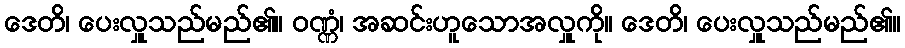
ဒေတိ၊ ပေးလှူသည်မည်၏။ ဝဏ္ဏံ၊ အဆင်းဟူသောအလှူကို။ ဒေတိ၊ ပေးလှူသည်မည်၏။